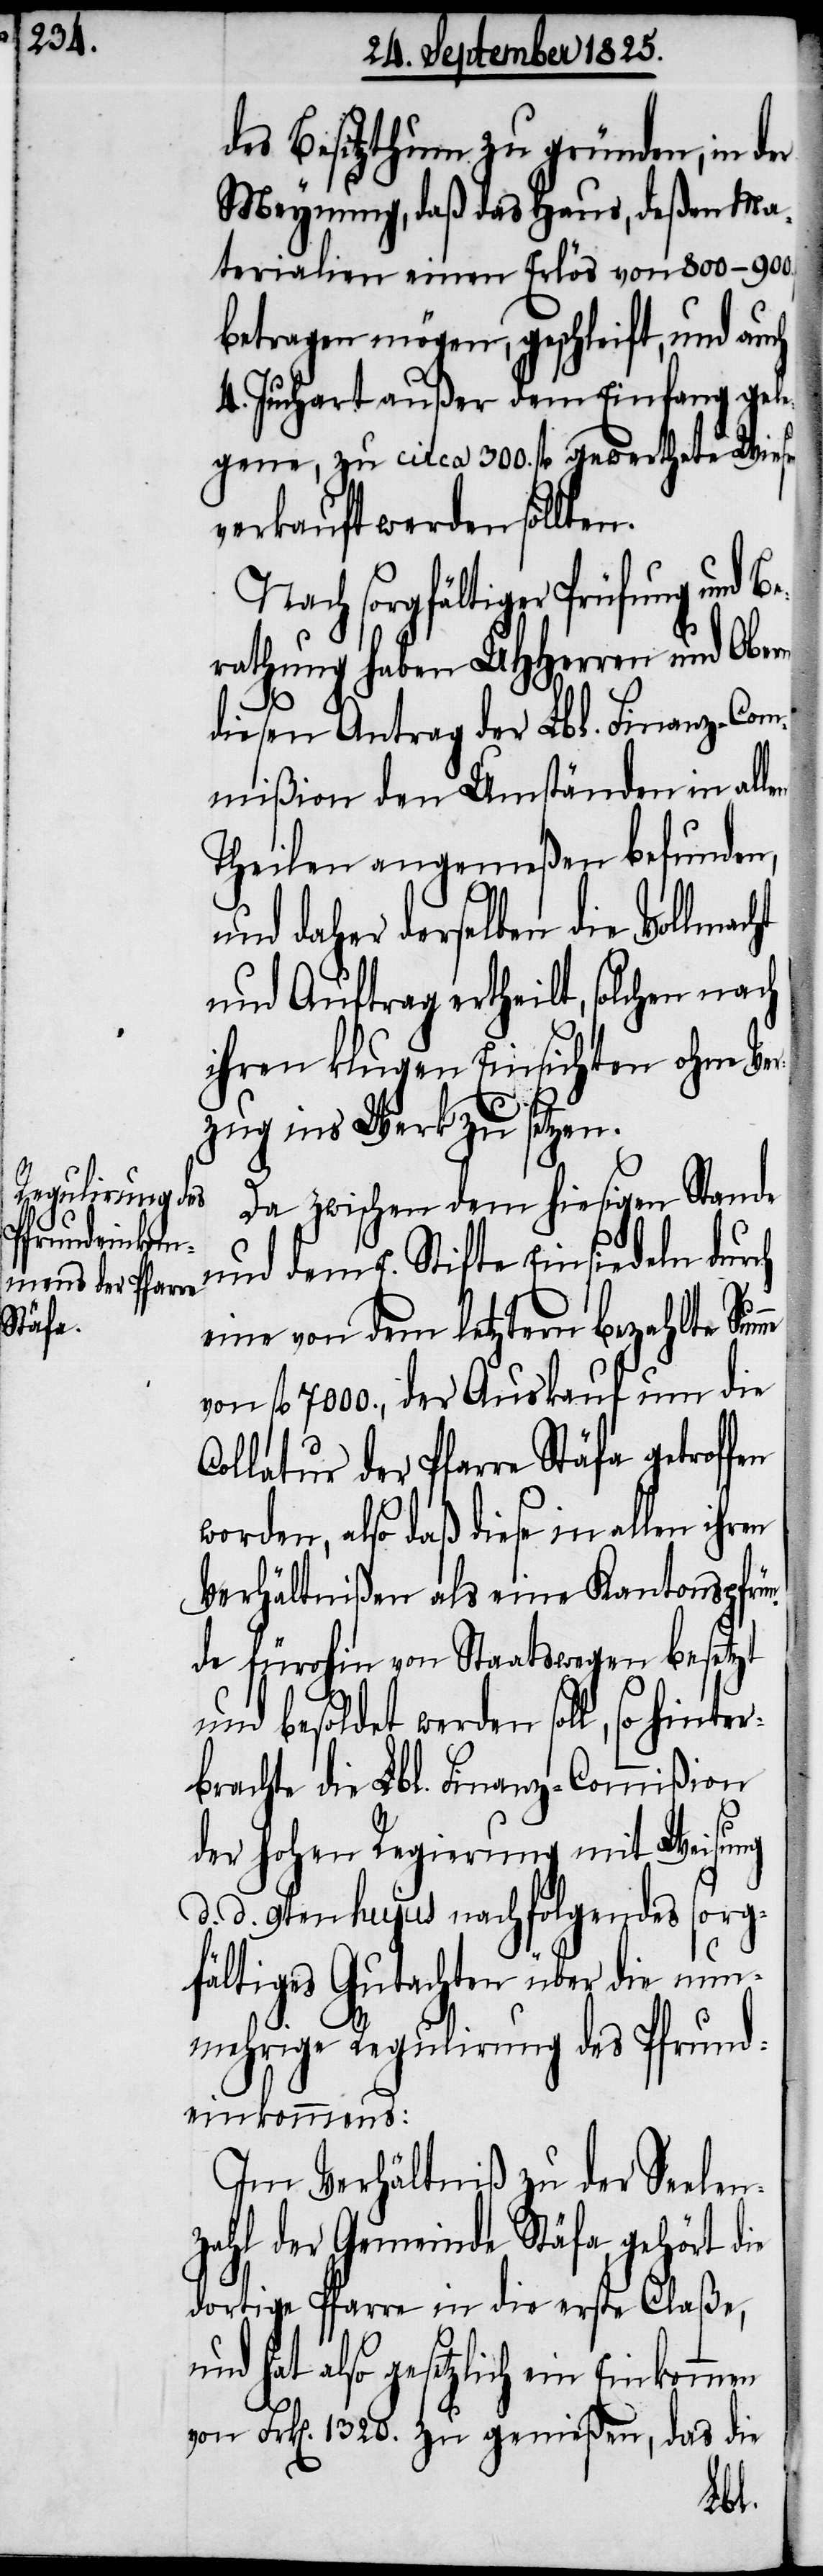
des Besitzthum zu gründen, in der
Meynung, daß das Haus, deßen Ma¬
terialien einen Erlös von 800-900
betragen mögen, geschleift, und auch
4. Juchart außer dem Einfang gele¬
gene, zu circa 300. fl gewerthete Wiese
verkauft werden sollten.
Nach sorgfältiger Prüfung und Be¬
rathung haben UHHerren und Obern
diesen Antrag der Lbl. Finanz-Com¬
mißion den Umständen in allen
Theilen angemeßen befunden,
und daher derselben die Vollmacht
und Auftrag ertheilt, solchen nach
ihren klugen Einsichten ohne Ver¬
zug ins Werk zu setzen.
Da zwischen dem hiesigen Stande
und dem E. Stifte Einsiedeln durch
eine von dem letztern bezahlte Sum¬
von fl 7000., der Auskauf um die
Collatur der Pfarre Stäfa getroffen
worden, also daß diese in allen ihren
Verhältnißen als eine Kantonspfrü¬
nde fürohin von Staatswegen besetzt
und besoldet werden soll, so hinter¬
brachte die Lbl. Finanz-Commißion
der hohen Regierung mit Weisung
d. d. 9ten hujus nachfolgendes sorg¬
fältiges Gutachten über die nunm¬
ehrige Regulierung des Pfrund¬
Einkommen
Im Verhältniß zu der Seelen¬
zahl der Gemeinde Stäfa gehört die
dortige Pfarre in die erste Claße,
und hat also gesetzlich ein
von Frk[en]. 1320. zu genießen, das die
me